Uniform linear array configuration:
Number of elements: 8
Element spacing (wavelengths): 0.75
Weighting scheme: blackman
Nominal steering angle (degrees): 15
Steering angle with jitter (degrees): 14.21
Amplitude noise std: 0.05
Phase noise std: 0.05

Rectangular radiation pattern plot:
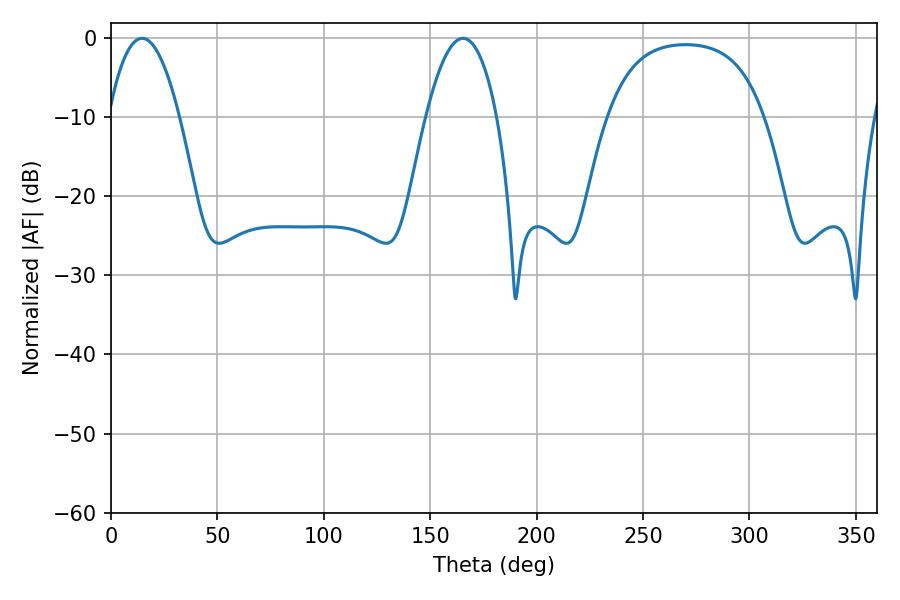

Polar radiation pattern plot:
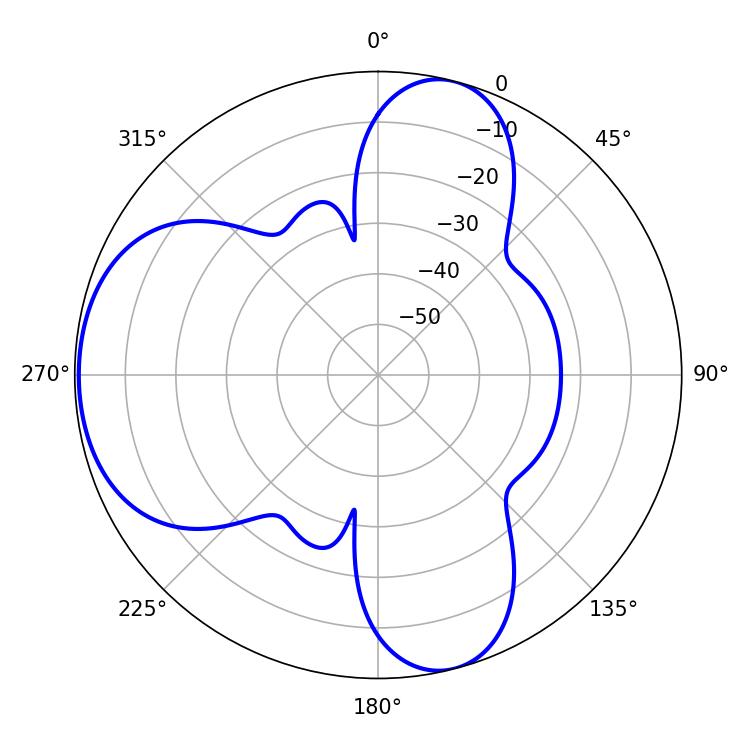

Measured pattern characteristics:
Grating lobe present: TRUE
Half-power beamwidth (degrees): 18.54
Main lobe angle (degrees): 165.42